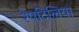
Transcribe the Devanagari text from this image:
रेपटिलिया